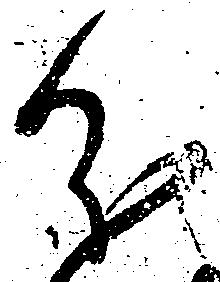
分